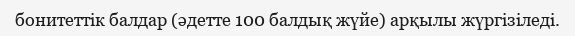
бонитеттік балдар (әдетте 100 балдық жүйе) арқылы жүргізіледі.